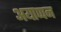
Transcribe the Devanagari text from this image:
अयाप्पन